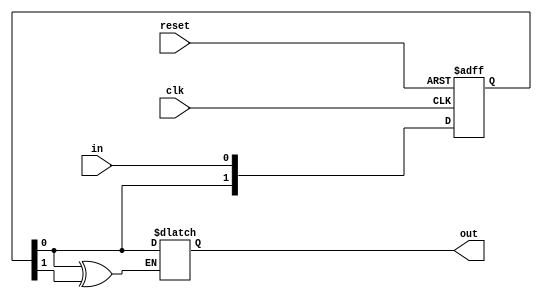
module synchronizer(input wire clk,    // Clock signal
                     input wire reset,  // Reset signal
                     input wire in,     // Input signal to be synchronized
                     output reg out);   // Synchronized output signal

reg [1:0] sync_ff;  // Register for synchronization flip-flops

always @(posedge clk or negedge reset)
begin
    if (!reset)
        sync_ff <= 2'b00;  // Reset sync_ff to 0
    else
        sync_ff <= {sync_ff[0], in};  // Shift input signal through two flip-flops for synchronization
end

always @(*)
begin
    if (sync_ff[0] ^ sync_ff[1])  // XOR of two flip-flops to handle potential jitter
        out <= sync_ff[0];  // Output synchronized signal
end

endmodule